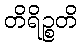
တိရိဉ္စတိ